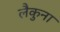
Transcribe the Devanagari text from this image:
लैकुना